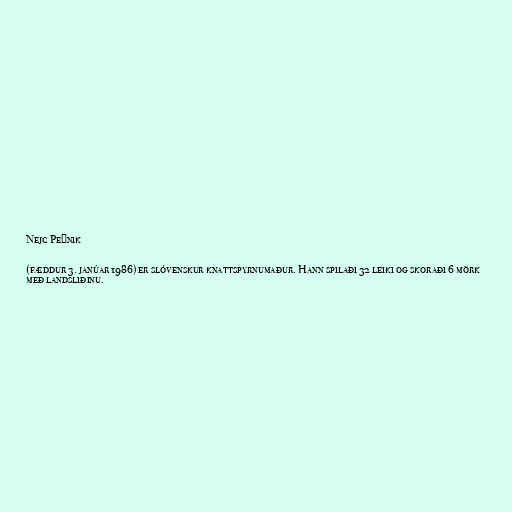
Nejc Pečnik

(fæddur 3. janúar 1986) er slóvenskur knattspyrnumaður. Hann spilaði 32 leiki og skoraði 6 mörk
með landsliðinu.